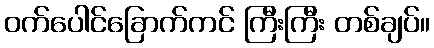
ဝက်ပေါင်ခြောက်ကင် ကြီးကြီး တစ်ချပ်။